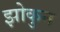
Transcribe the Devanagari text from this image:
झोकुन